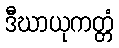
ဒီဃာယုကတ္တံ